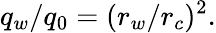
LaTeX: q_{w}/q_{0}=(r_{w}/r_{c})^{2}.